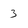
Character: 3